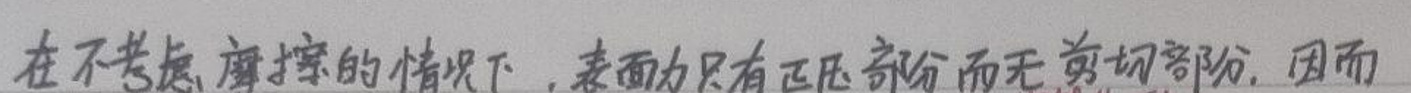
在不考虑摩擦的情况下，表面力只有正压部分而无剪切部分. 因而